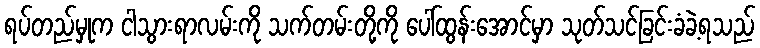
ရပ်တည်မှုက ငါသွားရာလမ်းကို သက်တမ်းတို့ကို ပေါ်ထွန်းအောင်မှာ သုတ်သင်ခြင်းခံခဲ့ရသည်